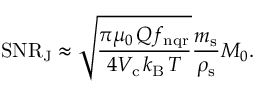
\mathrm { S N R _ { J } } \approx \sqrt { \frac { \pi \mu _ { 0 \, } Q f _ { \mathrm { n q r } } } { 4 V _ { \mathrm { c \, } } k _ { \mathrm { B \, } } T } } \frac { m _ { \mathrm { s } } } { \rho _ { \mathrm { s } } } M _ { 0 } .